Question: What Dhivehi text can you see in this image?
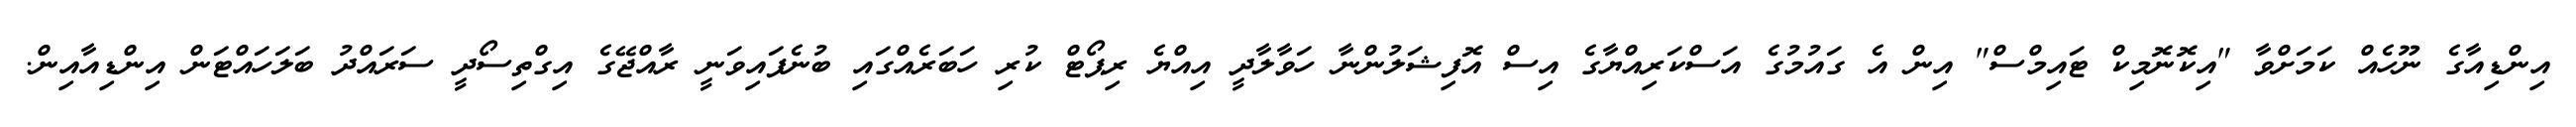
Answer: އިންޑިއާގެ ނޫހެއް ކަމަށްވާ "އިކޮނޮމިކް ޓައިމްސް" އިން އެ ގައުމުގެ އަސްކަރިއްޔާގެ އިސް އޮފިޝަލުންނާ ހަވާލާދީ އިއްޔެ ރިޕޯޓް ކުރި ހަބަރެއްގައި ބުނެފައިވަނީ ރާއްޖޭގެ އިގްތިސޯދީ ސަރައްދު ބަލަހައްޓަން އިންޑިއާއިން.